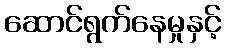
ဆောင်ရွက်နေမှုနှင့်